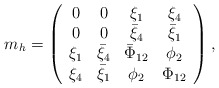
\begin{align*}m_{h} = \left(\begin{array}{cccc} 0 & 0 & \xi_1 & \xi_4\\ 0 & 0 & \bar\xi_4 &\bar\xi_1\\\xi_1 &\bar\xi_4&\bar\Phi_{12}&\phi_2\\\xi_4 &\bar\xi_1&\phi_2&\Phi_{12}\end{array}\right), \end{align*}